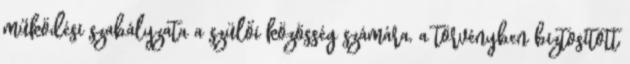
működési szabályzata a szülői közösség számára, a törvényben biztosított